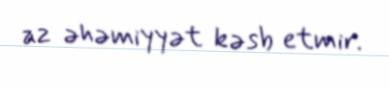
az əhəmiyyət kəsb etmir.